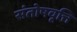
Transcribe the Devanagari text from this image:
संतोषवृत्ति